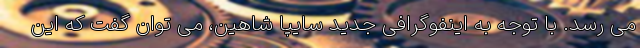
می رسد. با توجه به اینفوگرافی جدید سایپا شاهین، می توان گفت که این